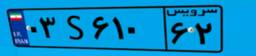
۸۱S۴۱۴۰۹